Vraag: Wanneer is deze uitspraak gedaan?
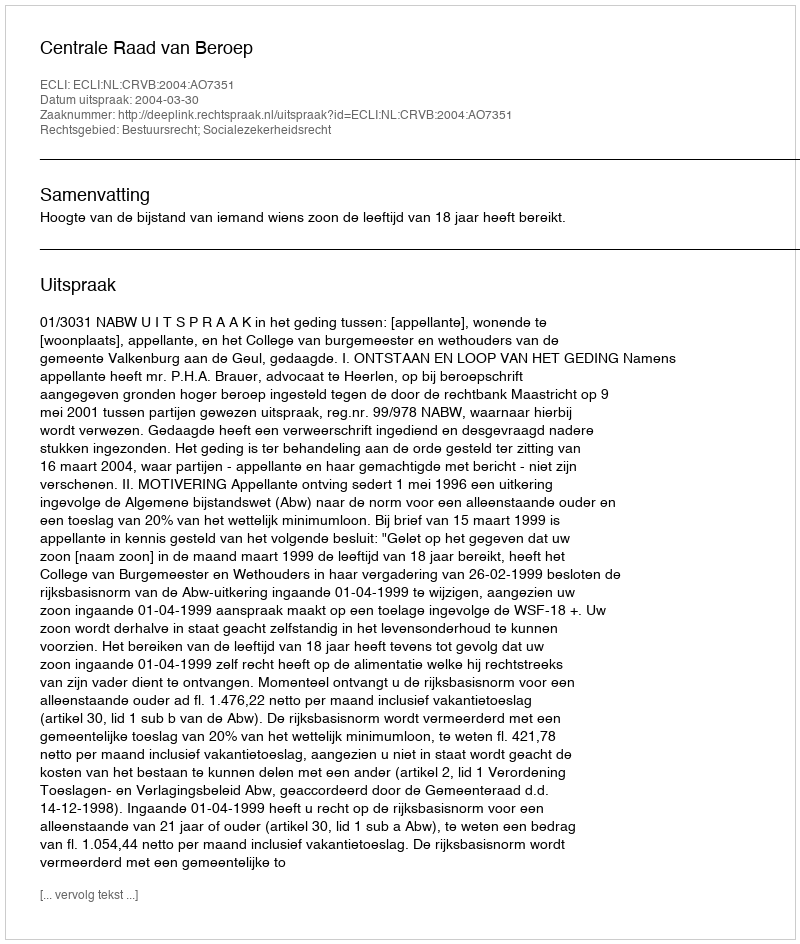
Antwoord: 2004-03-30